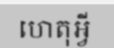
ហេតុអ្វី